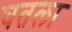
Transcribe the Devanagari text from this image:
घतला